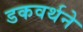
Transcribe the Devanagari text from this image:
डकवर्थने